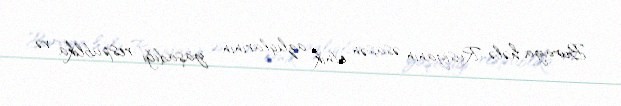
Buraya hələ Rusiyanın əsasən etnik azlıqlarının yaşadığı respublika və